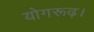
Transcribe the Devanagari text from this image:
योगरूढ़।